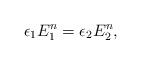
LaTeX: \begin{align*}\epsilon_1 E_1^n = \epsilon_2 E_2^n,\end{align*}